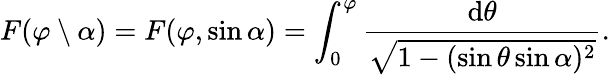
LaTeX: F(\varphi\setminus\alpha)=F(\varphi,\sin\alpha)=\int_{0}^{\varphi}{\frac{\mathrm{d}\theta}{\sqrt{1-(\sin\theta\sin\alpha)^{2}}}}.